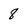
Character: 8